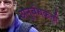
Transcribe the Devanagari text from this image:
अनुबंधकर्ता